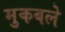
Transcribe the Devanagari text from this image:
मुकबले